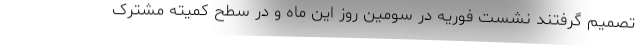
تصمیم گرفتند نشست فوریه در سومین روز این ماه و در سطح کمیته مشترک